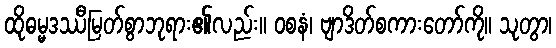
ထိုဓမ္မဒဿီမြတ်စွာဘုရား၏လည်း။ ဝစနံ၊ ဗျာဒိတ်စကားတော်ကို။ သုတွာ၊